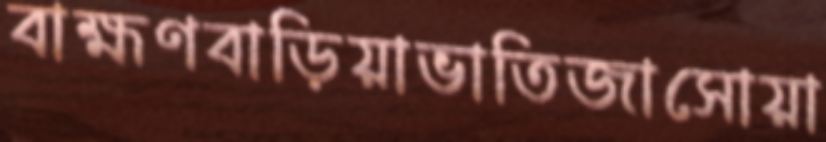
বাহ্মণবাড়িয়াভাতিজাসোয়া